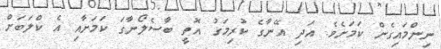
ނިންމައިގެން ކަމަށެވެ. އަދި އޭނާގެ ކުރިމަގު އޮތީ ބާސެލޯނާގަ ކަމަށާއި އެ ކްލަބަށް